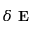
\delta \textbf { E }